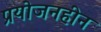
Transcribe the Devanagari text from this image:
प्रयोजनहीन